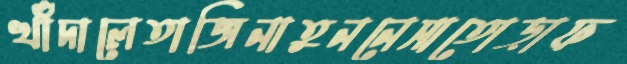
খাঁদালেতাজিনাতুননেসাতোড়াফ